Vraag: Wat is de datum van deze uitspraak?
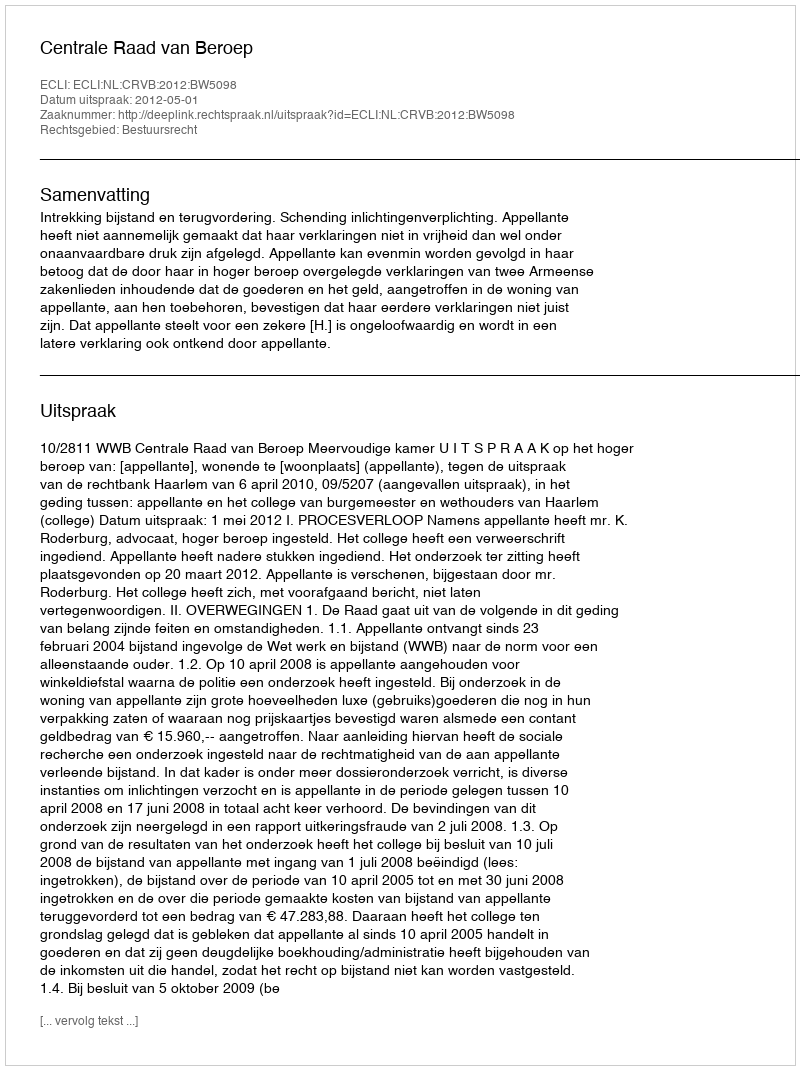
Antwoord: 2012-05-01